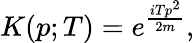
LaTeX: K(p;T)=e^{\frac{iTp^{2}}{2m}},